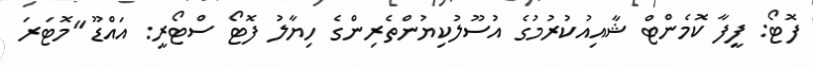
ފޮޓޯ: ފީފާ ކޮމެންޓް ޝާއިއުކުރުމުގެ އުސޫލުކިޔުންތެރިންގެ ހިޔާލު ފޮޓޯ ސްޓޯރީ: އައްޑޫ "މޮޓަރަ